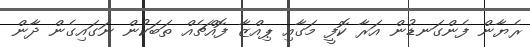
ރެޔާން ފެންގަނޑުން އަރާ ކޮފީ މަގާއި ޕިއްޒާ ފޮއްޗެއް ތަބަކުން ނަގައިގެން ދާން